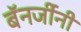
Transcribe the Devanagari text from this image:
बॅनर्जीनी